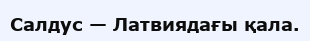
Салдус — Латвиядағы қала.